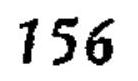
\(156\)